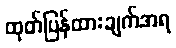
ထုတ်ပြန်ထားချက်အရ